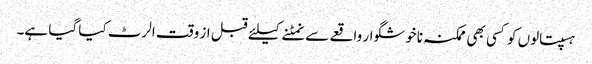
ہسپتالوں کو کسی بھی ممکنہ ناخوشگوار واقعے سے نمٹنے کیلئے قبل از وقت الرٹ کیا گیا ہے۔